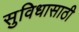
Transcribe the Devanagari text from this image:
सुविधासाठी